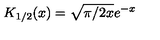
K _ { 1 / 2 } ( x ) = \sqrt { \pi / 2 x } e ^ { - x }